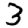
Digit: 3